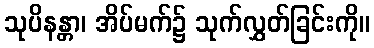
သုပိနန္တာ၊ အိပ်မက်၌ သုက်လွှတ်ခြင်းကို။